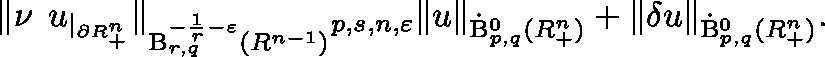
\begin{array} { r } { \lVert \nu \mathbin { \lrcorner } u _ { | _ { \partial \mathbb { R } _ { + } ^ { n } } } \rVert _ { \mathrm { B } _ { r , q } ^ { - \frac { 1 } { r } - \varepsilon } ( \mathbb { R } ^ { n - 1 } ) } \lesssim _ { p , s , n , \varepsilon } \lVert u \rVert _ { { \dot { \mathrm { B } } } _ { p , q } ^ { 0 } ( \mathbb { R } _ { + } ^ { n } ) } + \lVert \mathbf { \delta } u \rVert _ { { \dot { \mathrm { B } } } _ { p , q } ^ { 0 } ( \mathbb { R } _ { + } ^ { n } ) } \mathrm { . } } \end{array}